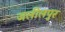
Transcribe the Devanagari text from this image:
जलीलपुर